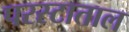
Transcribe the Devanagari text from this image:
परस्टाताल